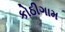
કોઠીગામ